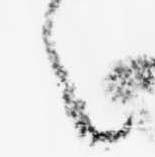
之